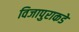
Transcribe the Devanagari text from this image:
विजापुराकडे